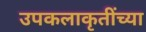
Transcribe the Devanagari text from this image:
उपकलाकृतींच्या